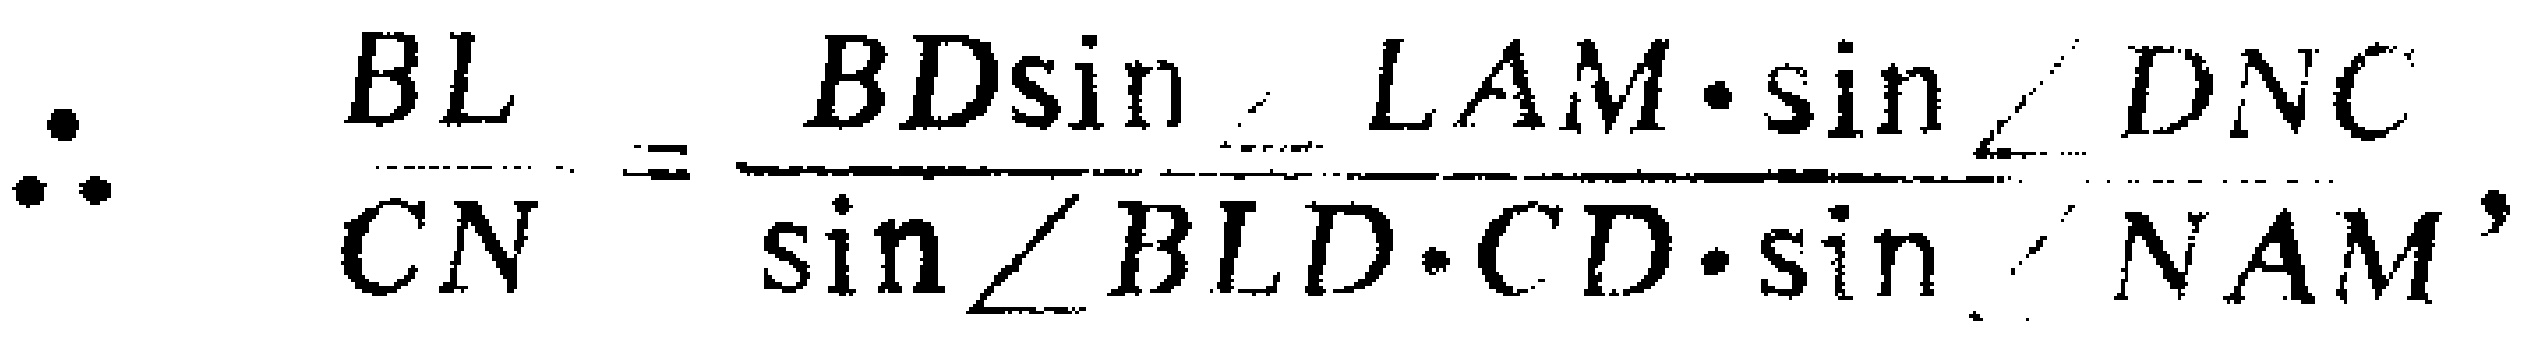
\[\therefore \frac{BL}{CN}=\frac{BD\sin\angle LAM\cdot\sin\angle DNC}{\sin\angle BLD\cdot CD\cdot\sin\angle NAM},\]